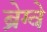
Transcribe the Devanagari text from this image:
ब्रेग्वे